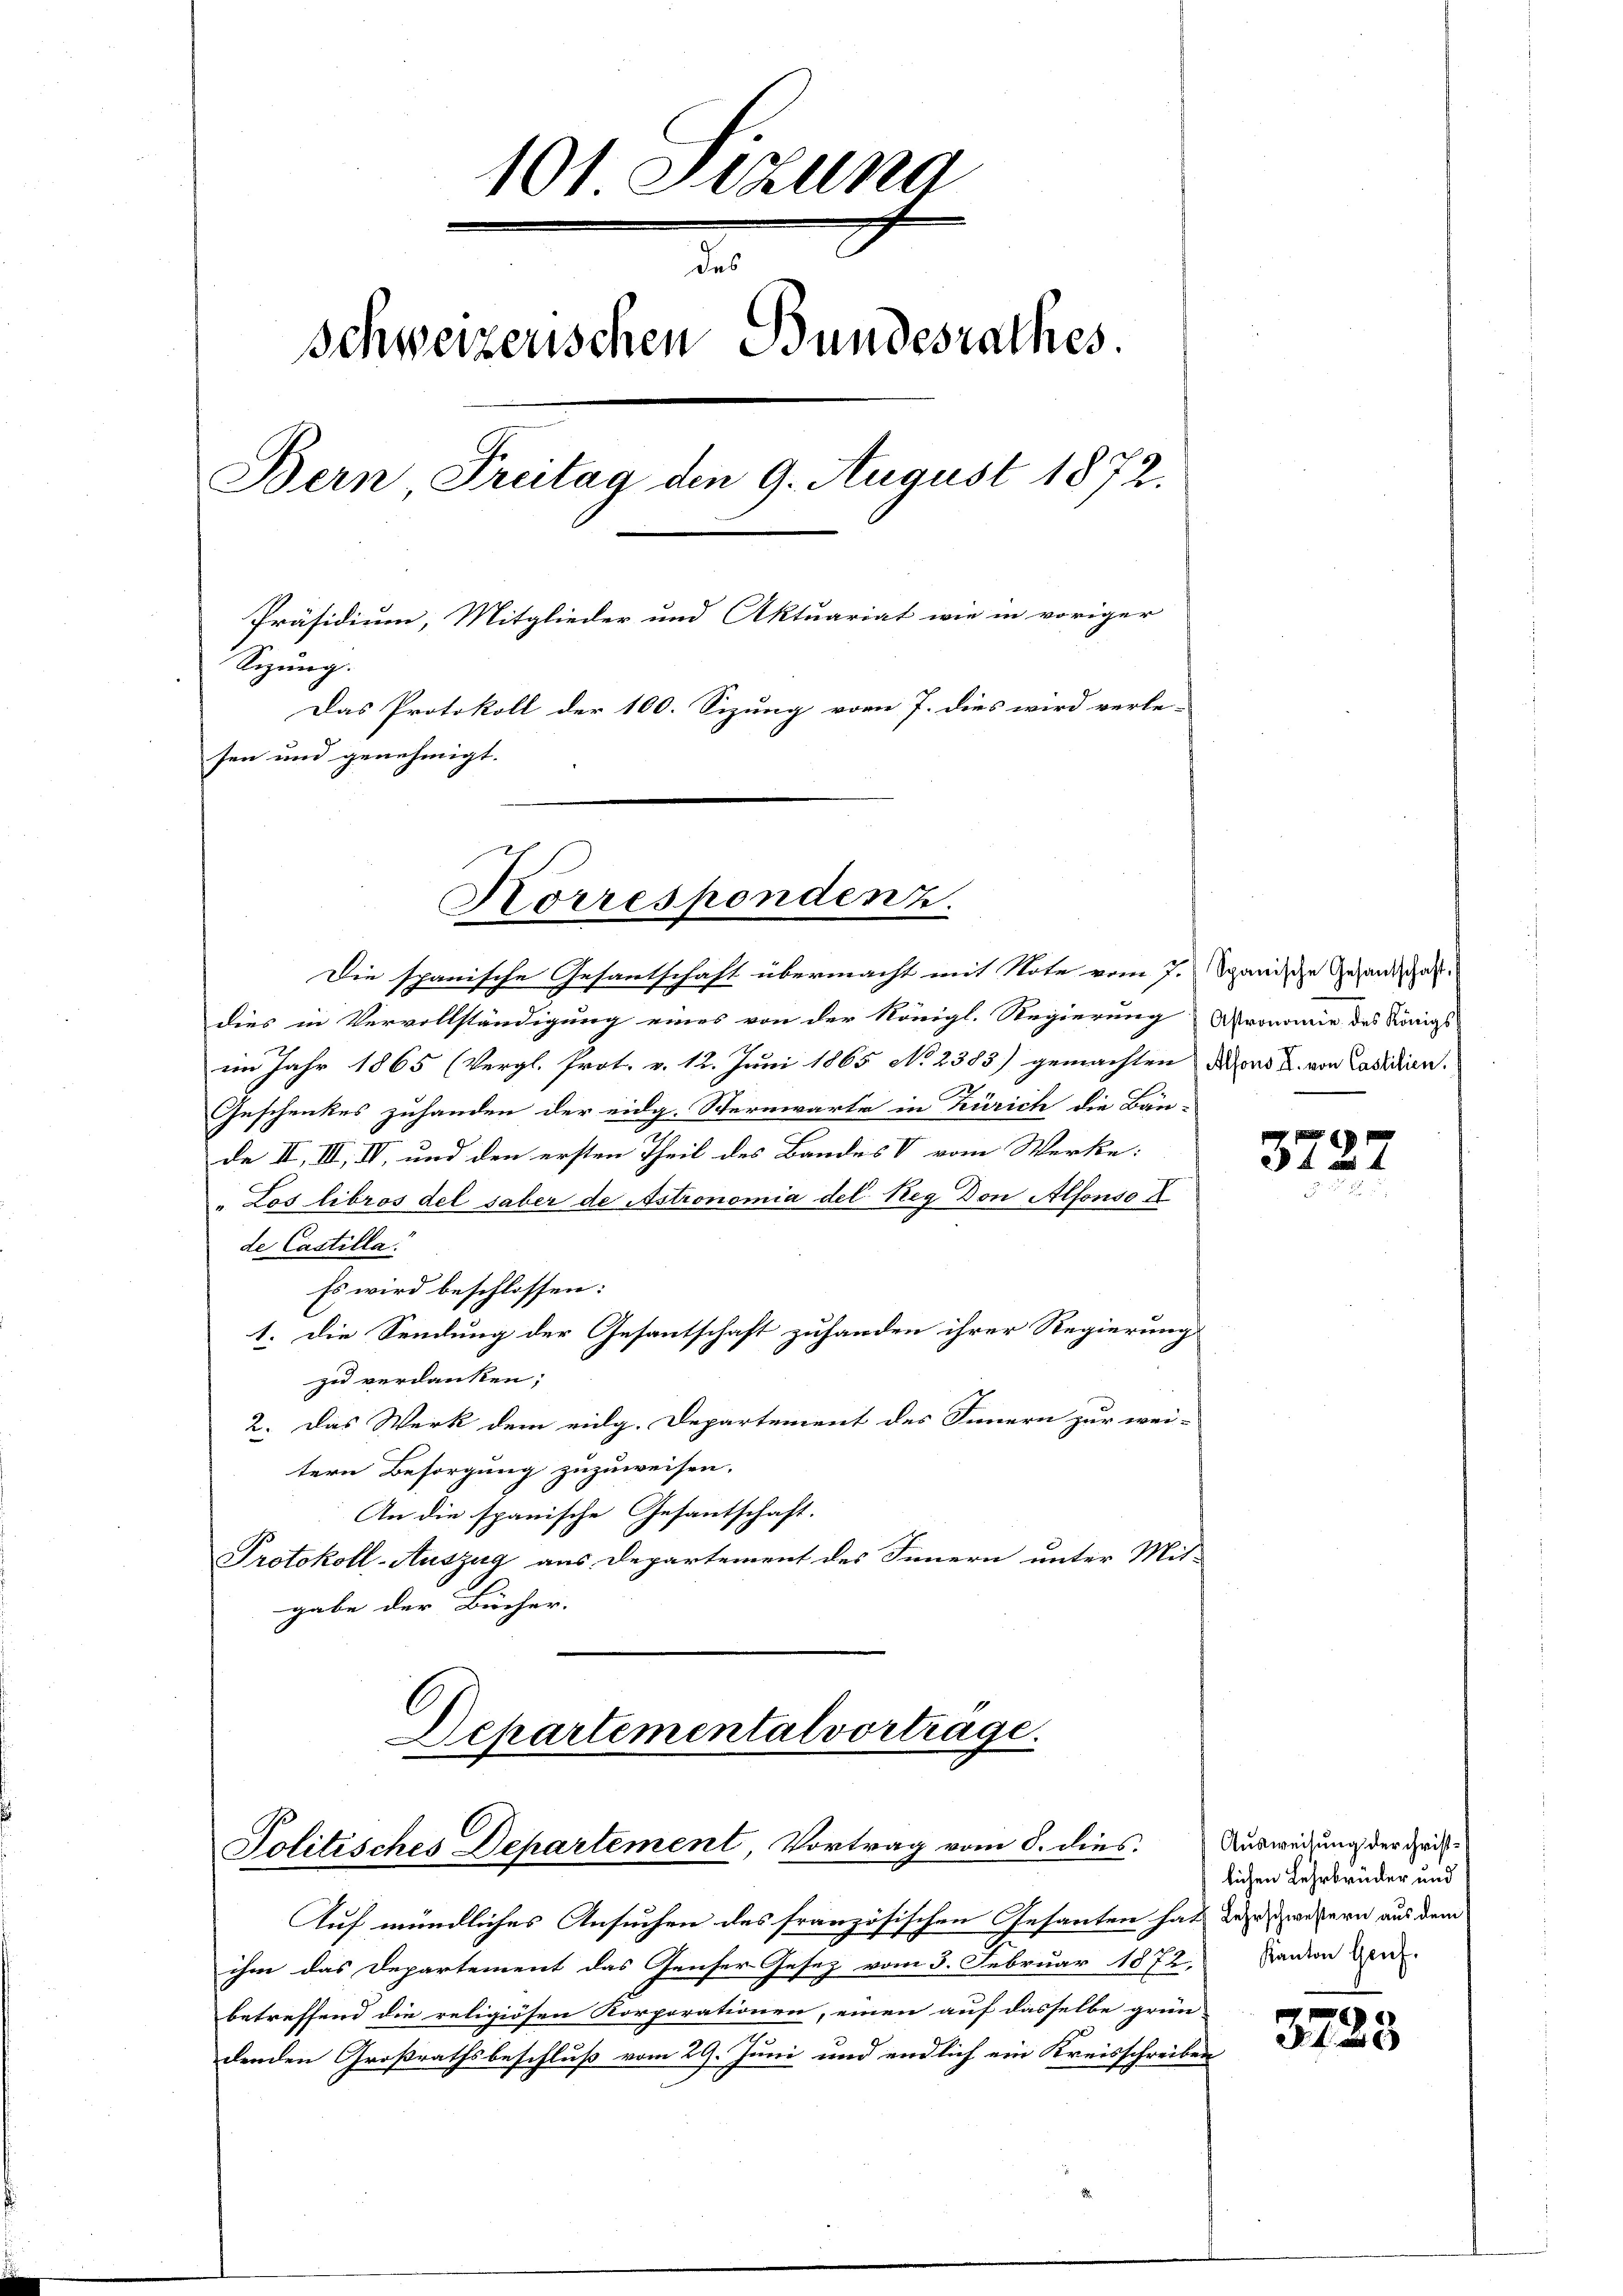
101. Sitzung
d
Schweizerischen Bundesrathes.
Bern Freitag den 9. August 1872.
Präsidium, Mitglieder und Aktuariat wie in voriger
Sizung.
Das Protokoll der 100. Sizung vom 7. dies wird verle-
sen und genehmigt.

Korrespondenz.

Die spanische Gesantschaft übermacht mit Note vom 7. Spanische Gesandtdies in Vervollständigung eines von der Königl. Regierung Aronomie des Königs
iin Jahr 1865 (Vergl. Prot. v. 12. Juni 1865 No 2383) gemachten Nord u. von Castdien.
Geschenkes zuhanden der eidg. Sternwarte in Zürich die Bän-
de II, III, IV, und den ersten Theil des Bandes V vom Werke:
"Los libros del saber de Astronomia del Reg Don Alfonso X
de Castilla.
Es wird beschlossen:
1. Die Sendung der Gesantschaft zuhanden ihrer Regierung
zu verdanken;
2. Das Werk dem eidg. Departement des Innern zur wei-
tern Besorgung zuzuweisen.
An die spanische Gesantschaft.
Protokoll-Auszug aus Departement des Innern unter Mit-
gabe der Bücher.

Departemental vortrage.
Jolitisches Departement, Vortrag vom 8. dies

Auf mündliches Ansuchen des französischen Gesanten hat der zweiern aus dem
ihm das Departement das Genser Gesez vom 5. Februar 1872, Panton Gen
betreffend die religiösen Korporationen, einen auf dasselbe grün-
denden Großrathsbeschluß vom 29. Juni und endlich ein Kreisschreiben

373

2

Ausweisung der Christlichen Lehrbrüder und

3723